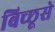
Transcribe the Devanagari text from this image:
बिच्छूसे